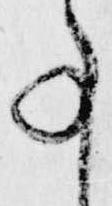
事